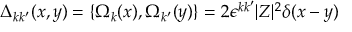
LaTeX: \Delta _ { k k ^ { \prime } } ( x , y ) = \{ \Omega _ { k } ( x ) , \Omega _ { k ^ { \prime } } ( y ) \} = 2 \epsilon ^ { k k ^ { \prime } } | Z | ^ { 2 } \delta ( x - y )